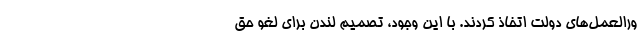
ورالعمل‌های دولت اتخاذ کردند. با این وجود، تصمیم لندن برای لغو حق